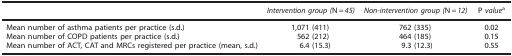
<table><thead><tr><td><b> </b></td><td><b><i>Intervention group (</i>N<i>=45)</i></b></td><td><b><i>Non-intervention group (</i>N<i>=12)</i></b></td><td><b>P <i>value</i>a</b></td></tr></thead><tbody><tr><td>Mean number of asthma patients per practice (s.d.)</td><td>1,071 (411)</td><td>762 (335)</td><td>0.02</td></tr><tr><td>Mean number of COPD patients per practice (s.d.)</td><td>562 (212)</td><td>464 (185)</td><td>0.15</td></tr><tr><td>Mean number of ACT, CAT and MRCs registered per practice (mean, s.d.)</td><td>6.4 (15.3)</td><td>9.3 (12.3)</td><td>0.55</td></tr></tbody></table>